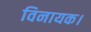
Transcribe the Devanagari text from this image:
विनायक।